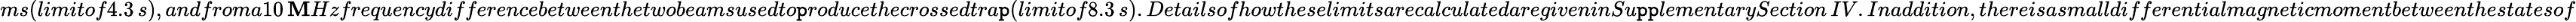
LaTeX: ms(limitof4.3\, s),andfroma10\, \mathbf{M}Hzfrequencydifferencebetweenthetwobeamsusedto\mathtt{p}roducethecrossedtra\mathtt{p}(limitof8.3\, s).DetailsofhowtheselimitsarecalculatedaregiveninSu\mathtt{p}\mathtt{p}lementarySection\, IV.Inaddition,thereisasmalldifferentialmagneticmomentbetweenthestatesof